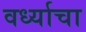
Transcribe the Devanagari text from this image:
वर्ध्याचा